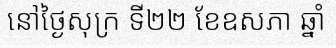
នៅថ្ងៃសុក្រ ទី២២ ខែឧសភា ឆ្នាំ